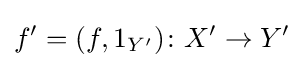
f'=(f,1_{Y'})\colon X'\to Y'